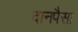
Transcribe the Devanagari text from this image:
दानपैसा